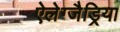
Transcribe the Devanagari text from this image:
ऐलेग्जैड्रिया